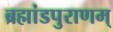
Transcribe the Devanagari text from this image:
ब्रह्मांडपुराणम्